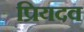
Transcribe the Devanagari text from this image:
प्रियदव